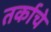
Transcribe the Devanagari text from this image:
तर्काचे